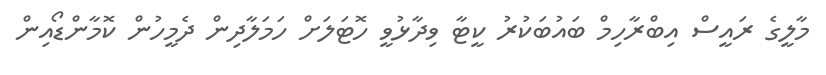
މާލީގެ ރައީސް އިބްރާހިމް ބައުބަކުރު ކީޓާ ވިދާޅުވީ ހޮޓަލަށް ހަމަލާދިން ދެމީހުން ކޮމާންޑޯއިން